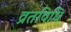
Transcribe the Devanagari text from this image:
व्रतविधि